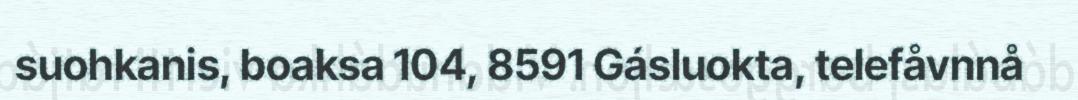
suohkanis, boaksa 104, 8591 Gásluokta, telefåvnnå